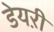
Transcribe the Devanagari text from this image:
डेयऱी